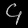
Digit: ၄